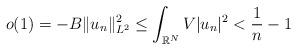
LaTeX: \begin{align*}o(1) =-B \|u_n\|_{L^2}^2 \leq \int_{\mathbb{R}^N} V |u_n|^2 < \frac{1}{n}-1\end{align*}